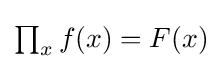
{\textstyle \prod _{x}f(x)=F(x)}